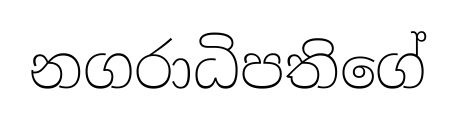
නගරාධිපතිගේ